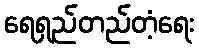
ရေရှည်တည်တံ့ရေး